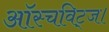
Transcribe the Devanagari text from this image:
ऑस्चविट्ज।